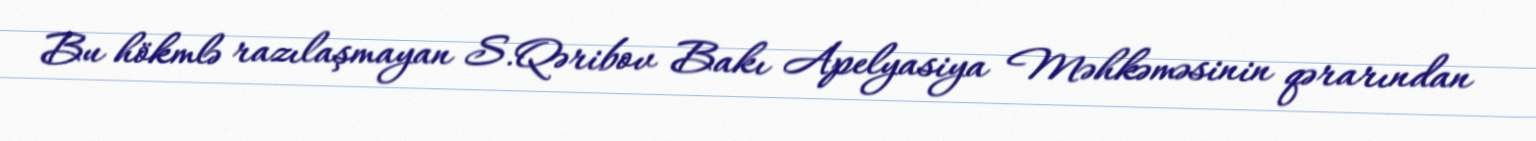
Bu hökmlə razılaşmayan S.Qəribov Bakı Apelyasiya Məhkəməsinin qərarından